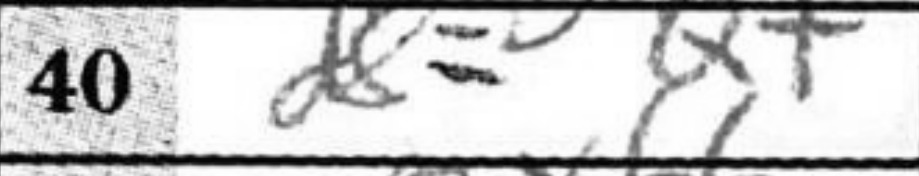
Transcription: d8=Q+